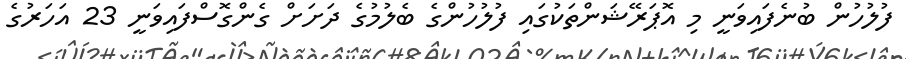
ފުލުހުން ބުނެފައިވަނީ މި އޮޕަރޭޝަންތަކުގައި ފުލުހުންގެ ބެލުމުގެ ދަށަށް ގެންގޮސްފައިވަނީ 23 އަހަރުގެ